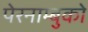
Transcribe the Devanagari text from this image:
पेरनाम्बुको